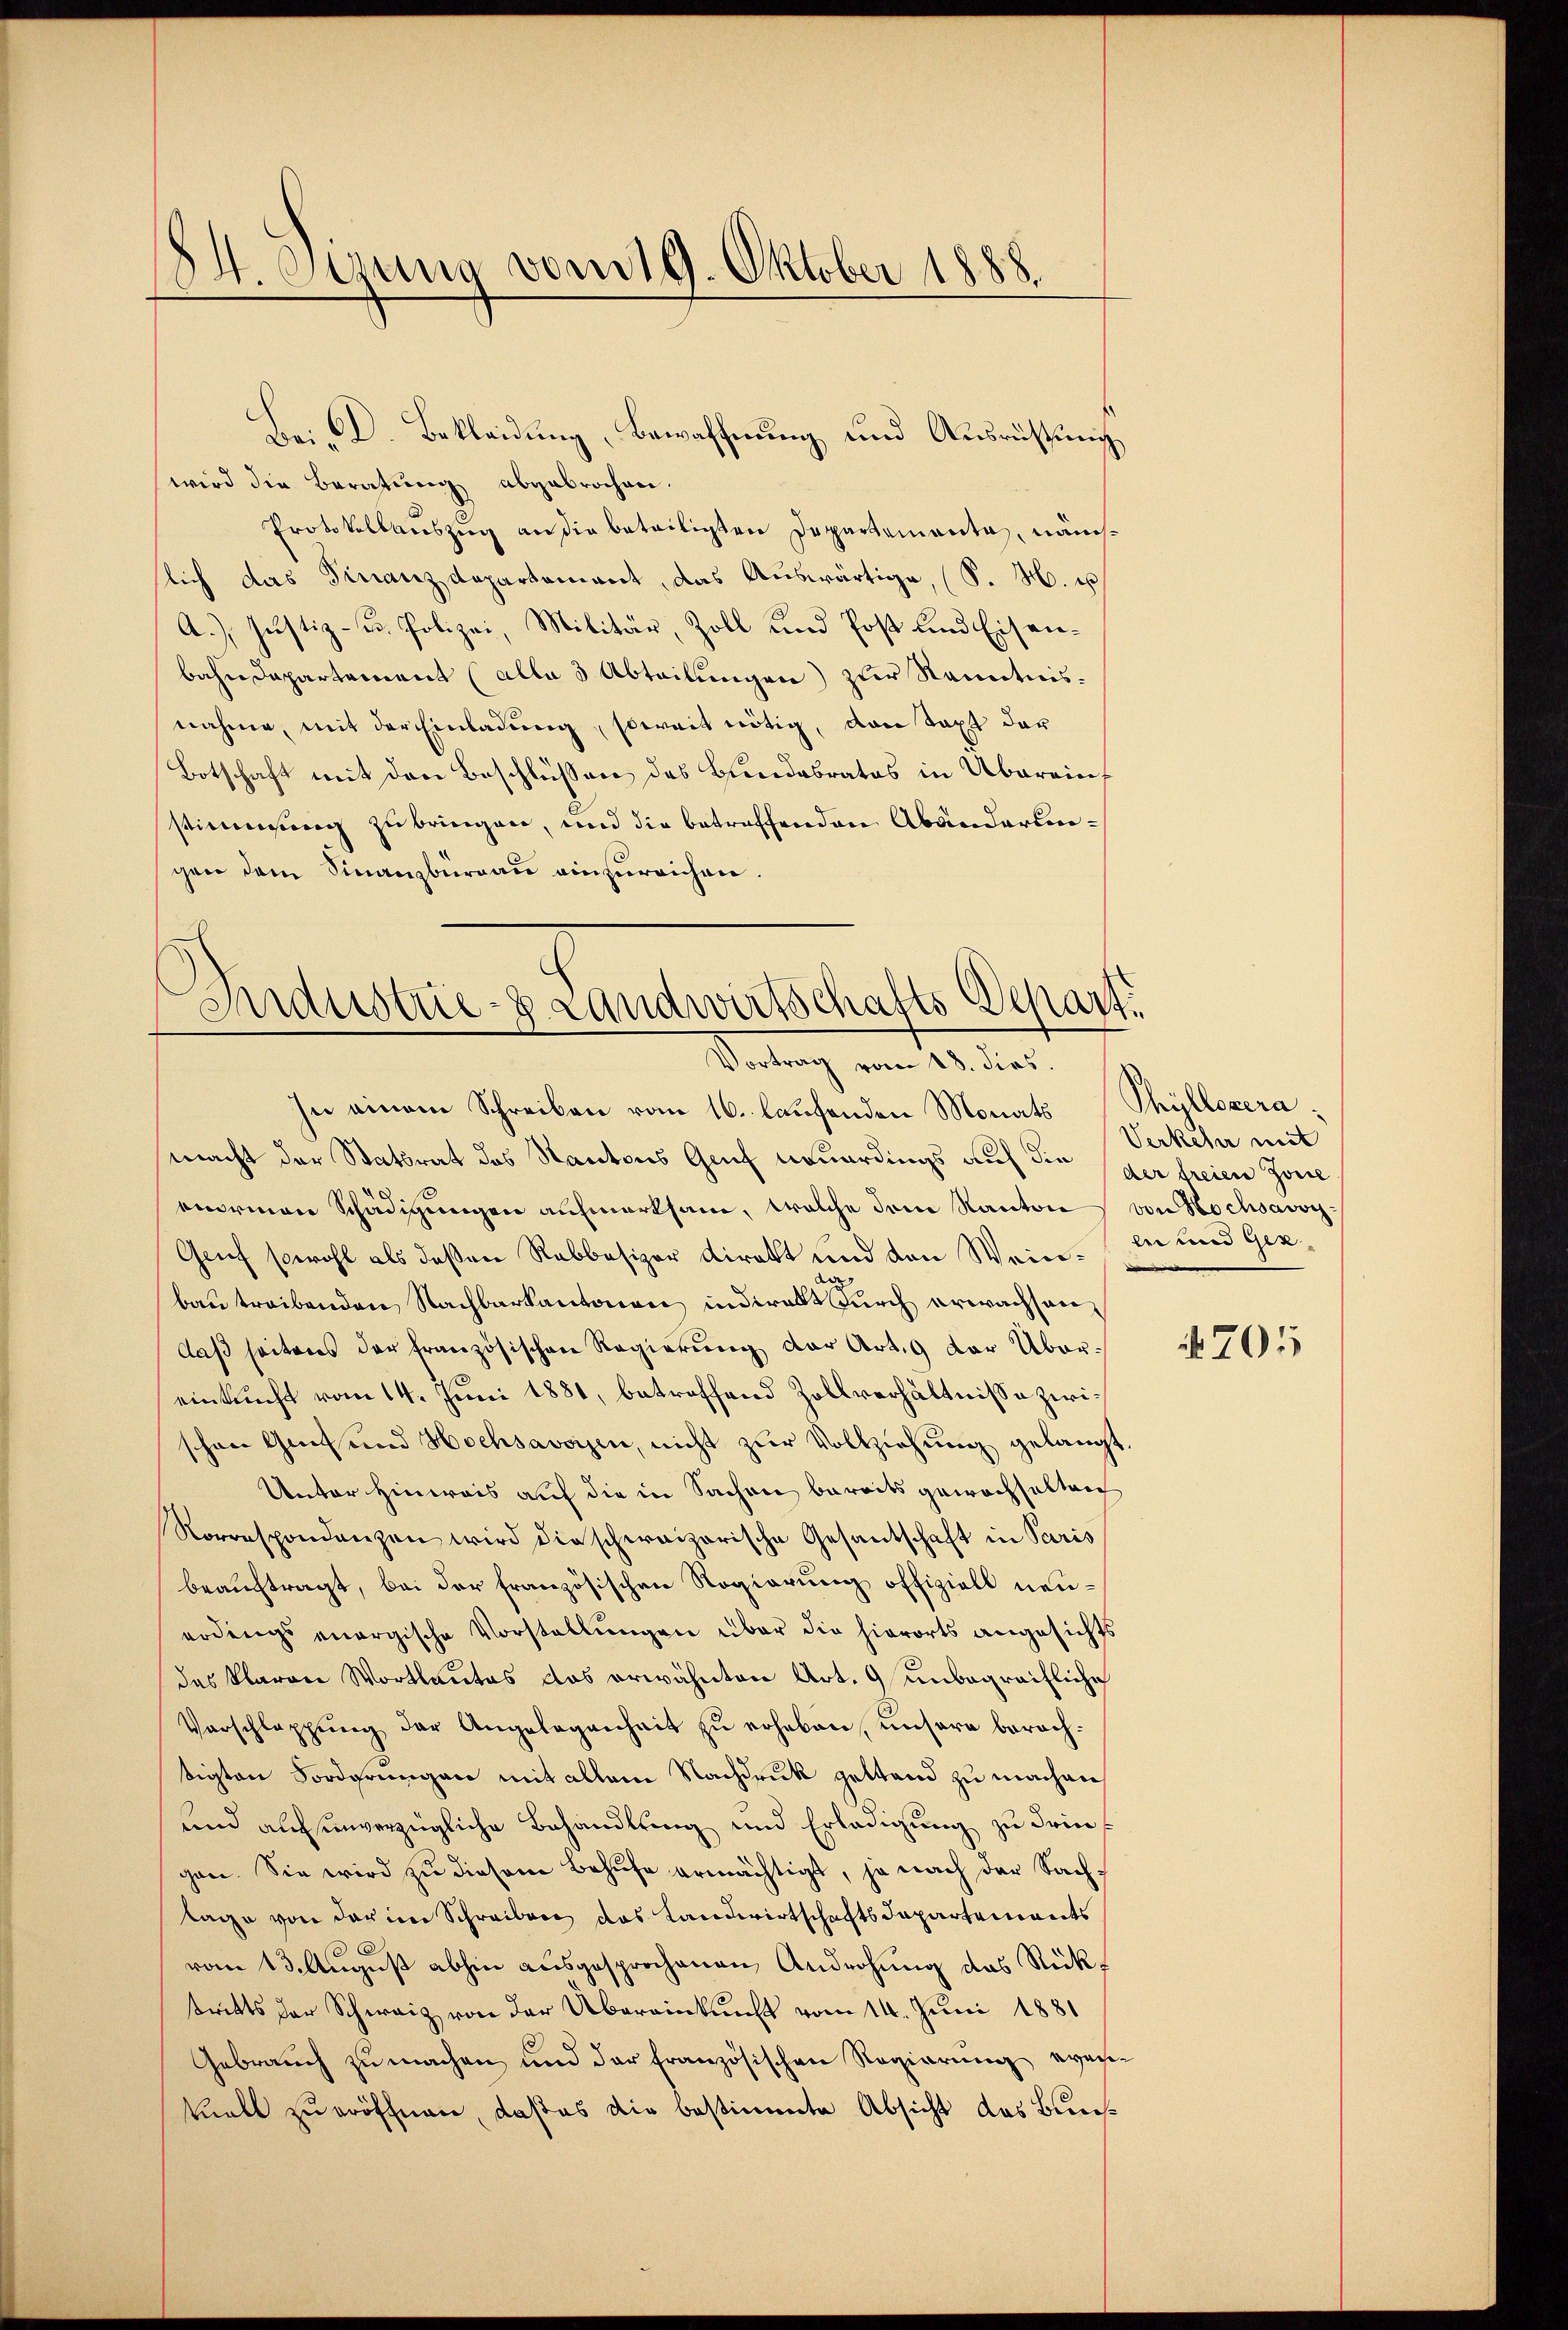
84. Segung vom 19. Oktober 1888.

Bei A. Bekleidung, Bewaffnung und Ausrüstung
wird die Beratung abgebrochen.
Protokollauszug an die beteiligten Departementa, nämsich das Finanzdepartament, das Auswärtige, (S. M. u
A.) Justiz- u. Polizei, Militär, Zoll und Post und Eisenbahndepartement (alle 3 Abteilungen) zur Kenntnisnahme, mit der Einladung, soweit nötig, den Taxt der
Botschaft mit den Beschlüssen des Bundesrates in Überein
stimmung zu bringen, und die betreffenden Abändersengen dem Finanzbüreau einzureichen.

Industrie-S. Landwirtschafts Depart.
Vortrag vom 18. dies

In einem Schreiben vom 16. laufenden Monats Phyllezera.
macht der Stattrat des Kantons Gruf neuerdings auf die der freien Zone
enormen Schädigungen aufmerksam, welche dem Kanton von Hochsavoy¬
Grief sowohl als deßen Rabbesizer direkt und den Weinde
bau treibenden Nachbarkantonen, indirekt durch erwachsandaβ seitens der französischen Regierŭng der Art. 9 der Übereinkunft vom 14. Juni 1881, betreffend Zollverhältnisse zwischon Genf und Hochsavoisen, nicht zŭr Vollziehung gelangt.
Unter Hinweis auf die in Sachen bereits gewachhalten
Korrespondenzen wird die schweizerische Gesantschaft in Paris
beauftragt, bei der französischen Regierung offiziell neuerdings energische Vorstellungen über die hierorts angesichts
das klaren Wortlautes das erwähnten Art. 9 unbegreifliche
Vorschlappŭng der Angelegenheit zŭ erhaben, ŭnsere berach-
tigten Forderungen mit allem Nachdruk gestand zu machen
und auf unverzügliche Behandlung und Erledigung zu dringen. Sie wird zu diesem Behufe ermächtigt, ja nach der Sachtage von der in Schreiben das Landwirtschaftsdepartements
vom 13. August abhin ausgesprochenen Androhung das Rückstritts der Schweiz von der Übereinkunft vom 14. Juni 1881
Gebrauch zu machen und der französischen Regierung evenkalt zu eröffnen, daßes die bestimmte Absicht das Bun¬

Verkehr mit
lei und Gez

701